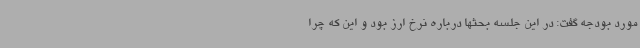
مورد بودجه گفت: در این جلسه بحثها درباره نرخ ارز بود و این که چرا